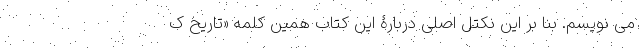
می نویسم. بنا بر این نکتل اصلی دربارۀ این کتاب همین کلمه «تاریخ ک